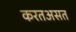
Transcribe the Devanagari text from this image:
करतअसत